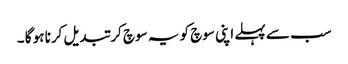
سب سے پہلے اپنی سوچ کو یہ سوچ کر تبدیل کرنا ہو گا ۔